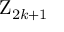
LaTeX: \mathrm { Z } _ { 2 k + 1 }